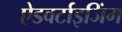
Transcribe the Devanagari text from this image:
ऐडवर्टाइजिंग